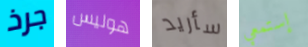
جرذ هوليس سأريد إستمعي